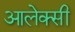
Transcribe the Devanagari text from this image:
आलेक्सी